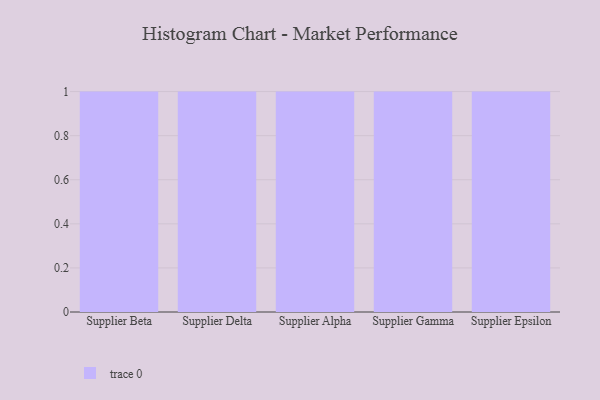
{"axis": {"x": "Supplier", "y": "Revenue (USD Million)"}, "legend": [""], "data": [{"x": "Supplier Beta", "y": 1, "type": ""}, {"x": "Supplier Delta", "y": 46, "type": ""}, {"x": "Supplier Alpha", "y": 1, "type": ""}, {"x": "Supplier Gamma", "y": 48, "type": ""}, {"x": "Supplier Epsilon", "y": 27, "type": ""}]}